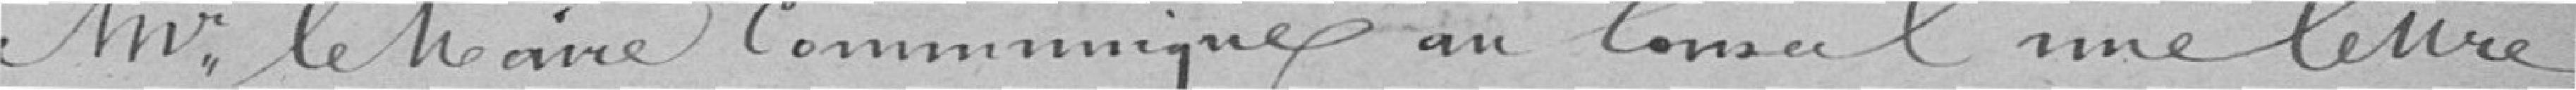
Monsieur le Maire communiques au Conseil une lettre